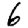
Digit: 6